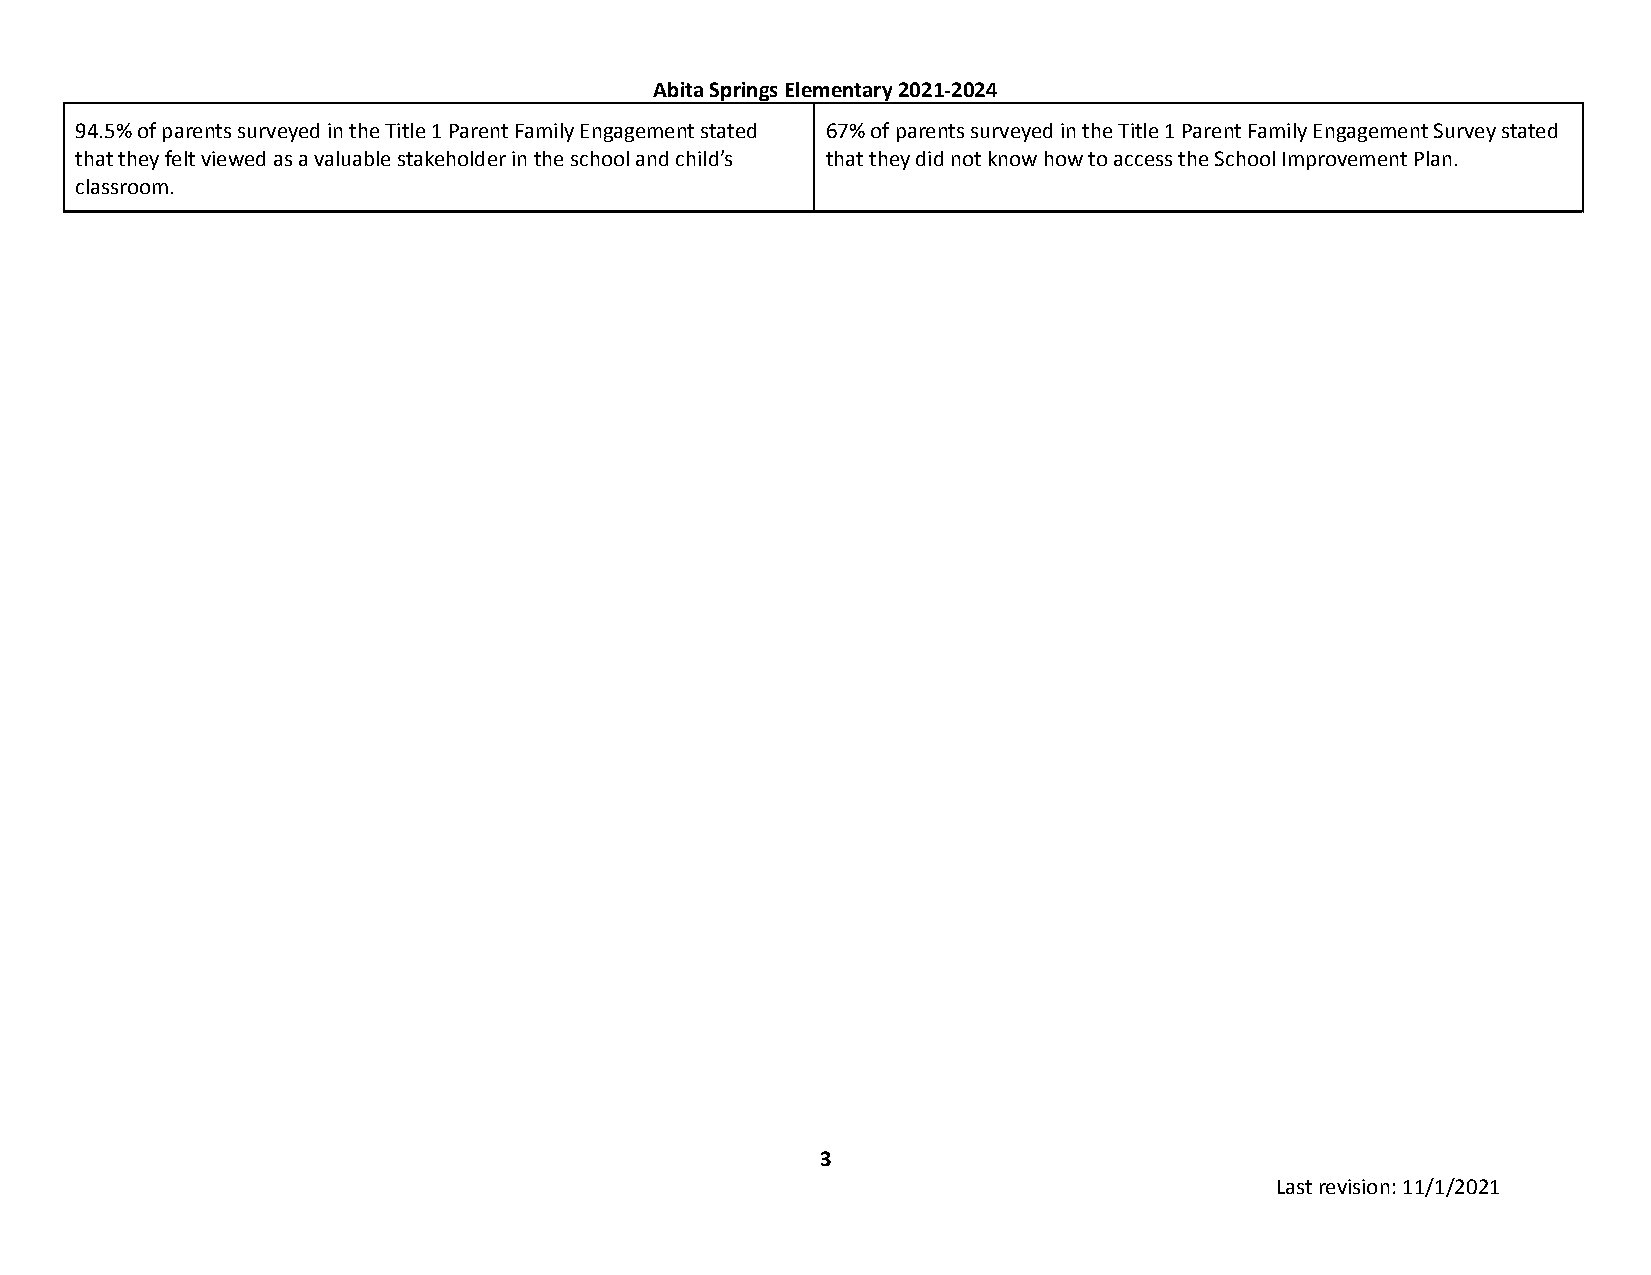
Abita Springs Elementary 2021-2024
 94.5% of parents surveyed in the Title 1 Parent Family Engagement stated 67% of parents surveyed in the Title 1 Parent Family Engagement Survey stated
 that they felt viewed as a valuable stakeholder in the school and child’s that they did not know how to access the School Improvement Plan.
 classroom.
 3
 Last revision: 11/1/2021